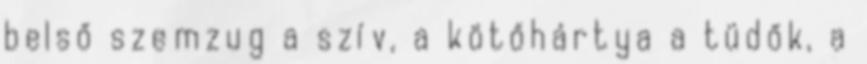
belső szemzug a szív, a kötőhártya a tüdők, a